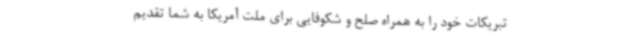
تبریکات خود را به همراه صلح و شکوفایی برای ملت آمریکا به شما تقدیم